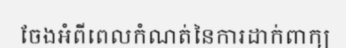
ចែងអំពីពេលកំណត់នៃការដាក់ពាក្យ